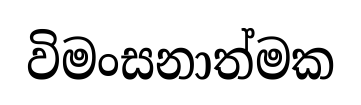
විමංසනාත්මක